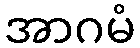
အာဂမံ